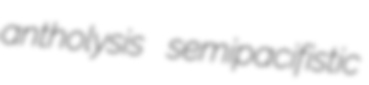
antholysis semipacifistic